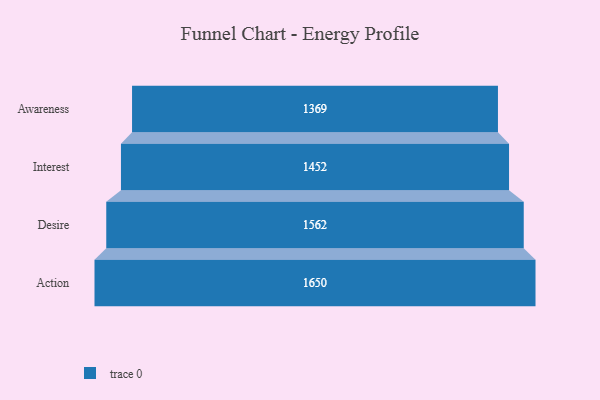
{"axis": {"x": "Stage", "y": "Value"}, "legend": [""], "data": [{"x": "Awareness", "y": 1369.0, "type": ""}, {"x": "Interest", "y": 1452.0, "type": ""}, {"x": "Desire", "y": 1562.0, "type": ""}, {"x": "Action", "y": 1650.0, "type": ""}]}